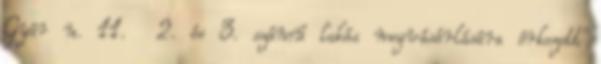
Gyár u. 11. 2. és 3. számú lakás megvásárlására érkezett